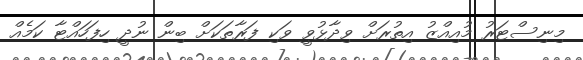
މިނިސްޓަރު މުއިއްޒު އިތުރަށް ވިދާޅުވީ ވަކި ފަރާތަކަށް ބިން ނުދީ ހިފަހައްޓާ ކަމެއް